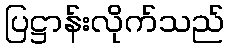
ပြဋ္ဌာန်းလိုက်သည်